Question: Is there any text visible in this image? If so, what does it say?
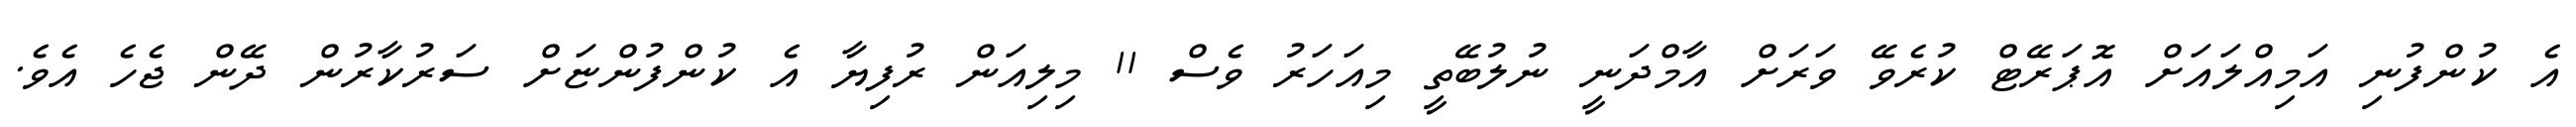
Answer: އެ ކުންފުނި އަމިއްލައަށް އޮޕަރޭޓް ކުރެވޭ ވަރަށް އާމްދަނީ ނުލުބޭތީ މިއަހަރު ވެސް 11 މިލިއަން ރުފިޔާ އެ ކުންފުންޏަށް ސަރުކާރުން ދޭން ޖެހެ އެވެ.